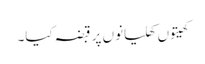
کھیتوں کھلیانوں پر قبضہ کیا۔